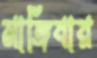
মাঙ্গিবার